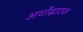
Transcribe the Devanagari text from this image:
अर्थोद्घाटक